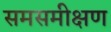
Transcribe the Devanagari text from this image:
समसमीक्षण